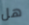
هل